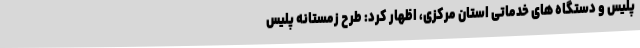
پلیس و دستگاه های خدماتی استان مرکزی، اظهار کرد: طرح زمستانه پلیس